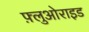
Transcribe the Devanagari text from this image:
फ़्लुओराइड